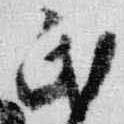
民